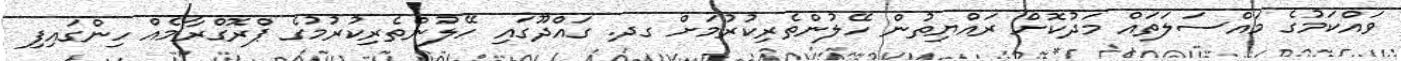
ވައްކަމުގެ މައްސަލަތައް މަދުކޮށް ރައްޔިތުން ހޭލުންތެރިކުރުމަށް ގދ. ގައްދޫގައި ހޭލުންތެރިކުރުމުގެ ޕްރޮގްރާމެއް ހިންގައިފި